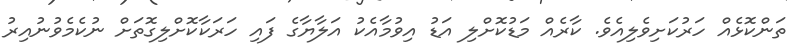
ތަންކޮޅެއް ހަރުކަށިވެލިއެވެ. ކާރެއް މަޑުކޮށްލި އަޑު އިވުމާއެކު އަލާޔާގެ ފައި ހަރަކާކޮށްލިގޮތަށް ނުކެމެވުނުއިރު